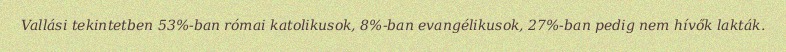
Vallási tekintetben 53%-ban római katolikusok, 8%-ban evangélikusok, 27%-ban pedig nem hívők lakták.